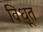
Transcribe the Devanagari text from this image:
विधूत